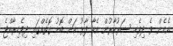
އެހެން ވެ ދިވެހި ސަރުކާރުން އެހާ ފާޅު ކަން ބޮޑު ގޮތެއްގައި ދިވެހިރާއްޖެ